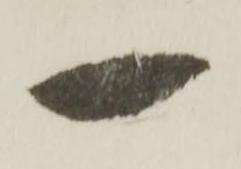
一